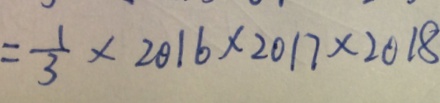
= \frac { 1 } { 3 } \times 2 0 1 6 \times 2 0 1 7 \times 2 0 1 8